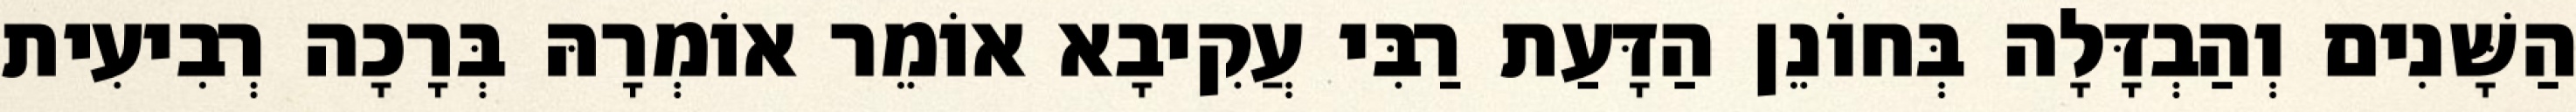
הַשָּׁנִים וְהַבְדָּלָה בְּחוֹנֵן הַדָּעַת רַבִּי עֲקִיבָא אוֹמֵר אוֹמְרָהּ בְּרָכָה רְבִיעִית